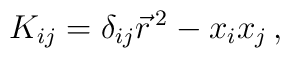
K_{ij} = \delta_{ij} \vec{r}^{\,2} - x_i x_j   \, ,